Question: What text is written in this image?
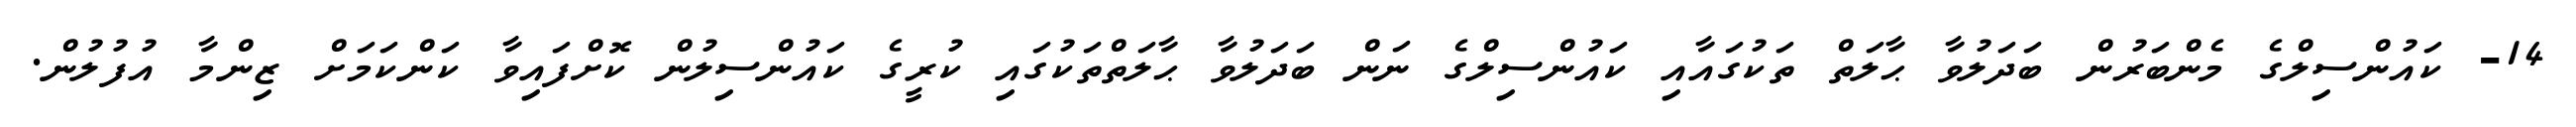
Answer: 14- ކައުންސިލްގެ މެންބަރުން ބަދަލުވާ ޙާލަތް ތަކުގައާއި ކައުންސިލްގެ ނަން ބަދަލުވާ ޙާލަތްތަކުގައި ކުރީގެ ކައުންސިލުން ކޮށްފައިވާ ކަންކަމަށް ޒިންމާ އުފުލުން.